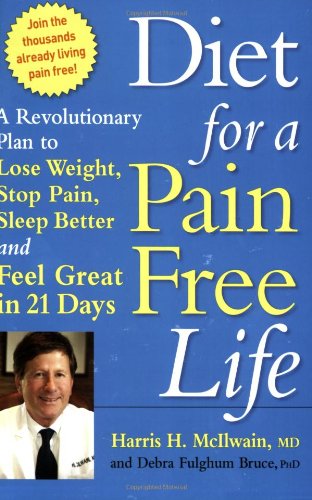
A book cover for Diet for a Pain-Free Life: A Revolutionary Plan to Lose Weight, Stop Pain, Sleep Better and Feel Great in 21 Days; Harris H. McIlwain; Health, Fitness & Dieting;